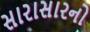
સારાસારનો